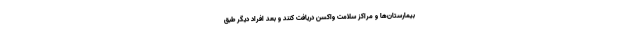
بیمارستان‌ها و مراکز سلامت واکسن دریافت کنند و بعد افراد دیگر طبق